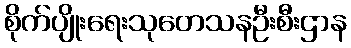
စိုက်ပျိုးရေးသုတေသနဦးစီးဌာန